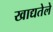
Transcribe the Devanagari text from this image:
खाद्यतेले